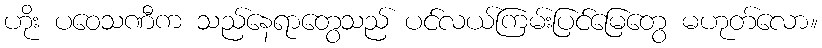
ဟိုး ပဝေသဏီက သည်နေရာတွေသည် ပင်လယ်ကြမ်းပြင်မြေတွေ မဟုတ်လော။